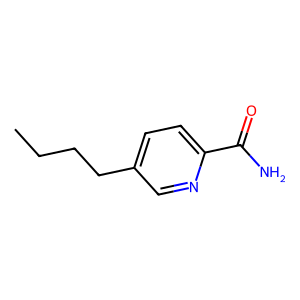
SMILES: CCCCc1ccc(C(N)=O)nc1
Inhibits HIV replication: No